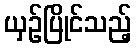
ယှဉ်ပြိုင်သည့်